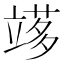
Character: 𥪫